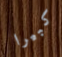
كبيرا